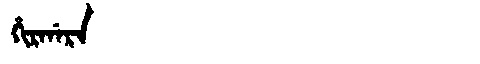
Manchu: ᡥᡳᡵᡤᠠᡵᠠ
Romanization: HIRGARA